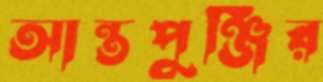
আন্তপুঞ্জির